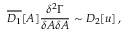
\overline { { { D _ { 1 } } } } [ A ] \frac { \delta ^ { 2 } \Gamma } { \delta A \delta A } \sim D _ { 2 } [ u ] \, ,